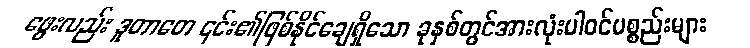
ဖွေးလည်း ဒူတာတေ ၎င်း၏ဖြစ်နိုင်ချေရှိသော ခုနှစ်တွင်အားလုံးပါဝင်ပစ္စည်းများ